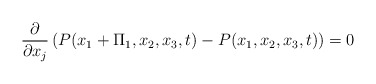
\begin{align*}\frac{\partial}{\partial x_j}\left(P(x_1+\Pi_1,x_2,x_3,t)-P(x_1,x_2,x_3,t)\right)=0\end{align*}